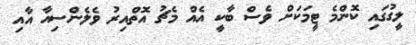
ލީގުގައި ކޮންމެ ޓީމަކަށް ވެސް ބާކީ އެއް މެޗު އޮތްއިރު ވެލެންސިއާ އާއި